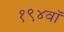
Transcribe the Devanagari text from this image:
१९४वॉ